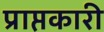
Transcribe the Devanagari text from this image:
प्राप्तकारी